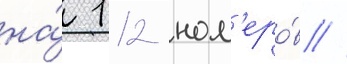
на́ 112 ном'еро́в //